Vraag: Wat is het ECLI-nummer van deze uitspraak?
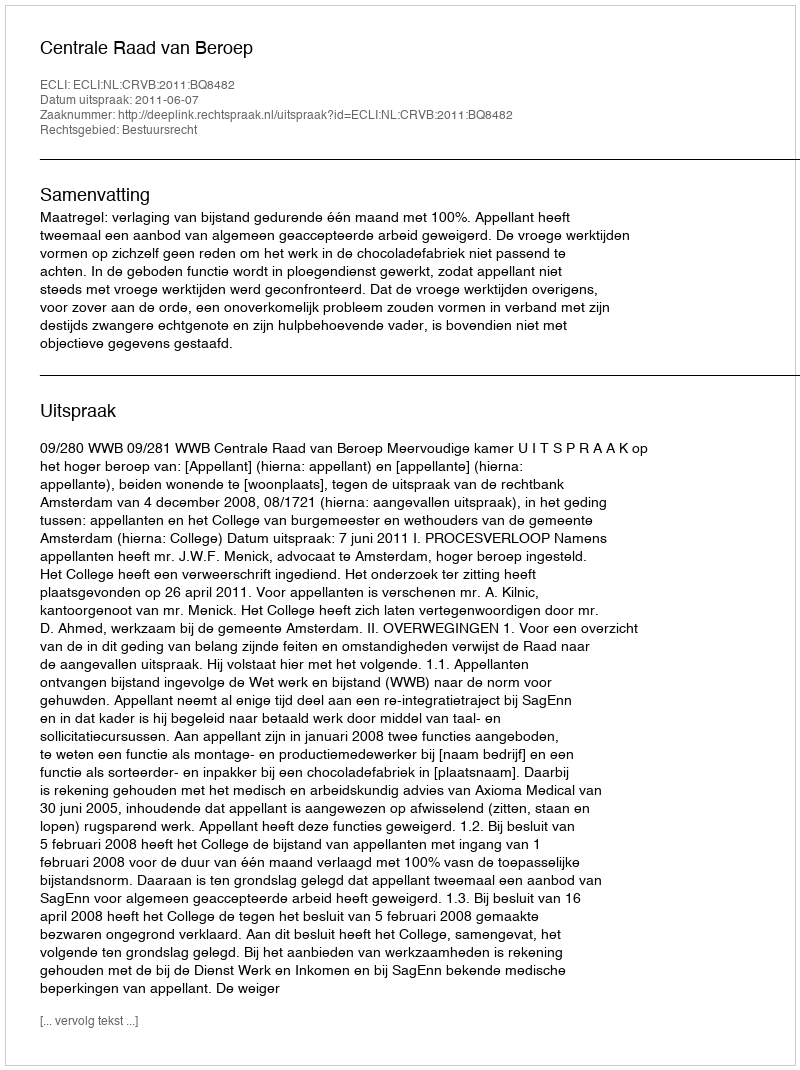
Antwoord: ECLI:NL:CRVB:2011:BQ8482